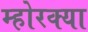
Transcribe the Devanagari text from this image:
म्होरक्‍या